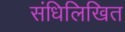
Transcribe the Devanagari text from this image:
संधिलिखित